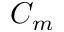
C _ { m }